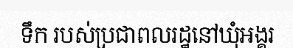
ទឹក របស់ប្រជាពលរដ្ឋនៅឃុំអង្គរ